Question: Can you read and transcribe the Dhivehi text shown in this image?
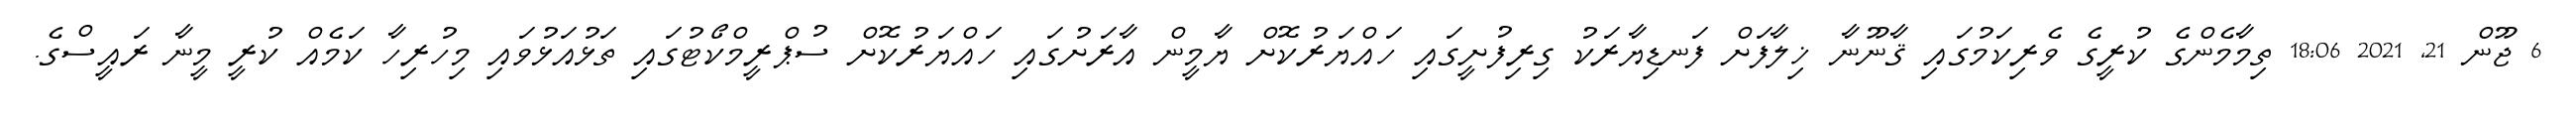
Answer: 6 ޖޫން 21, 2021 18:06 ތިމާމެންގެ ކުރީގެ ވެރިކަމުގައި ޤާނޫނާ ޚިލާފަށް ފަނޑިޔާރަކު ގިރިފުށީގައި ހައްޔަރުކޮށް ޔާމީން އާރަށުގައި ހައްޔަރުކޮށް ސުޕްރީމްކޯޓުގައި ތަޅުއަޅުވައި މިހުރިހާ ކަމެއް ކުރީ މީނާ ރައީސްގެ.